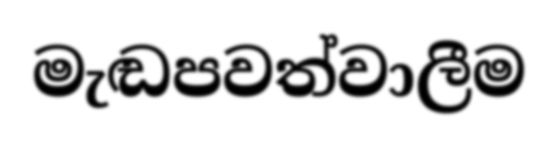
මැඬපවත්වාලීම